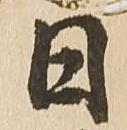
日